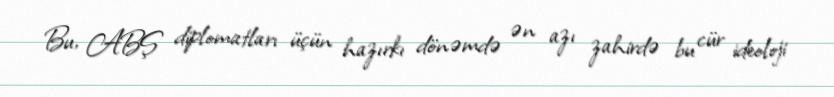
Bu, ABŞ diplomatları üçün hazırkı dönəmdə ən azı zahirdə bu cür ideoloji